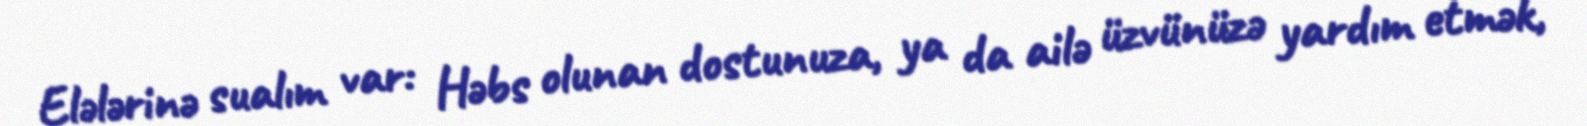
Elələrinə sualım var: Həbs olunan dostunuza, ya da ailə üzvünüzə yardım etmək,